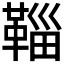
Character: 𩋝